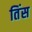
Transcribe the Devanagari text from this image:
तिंस